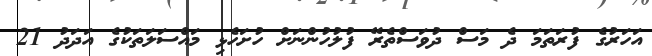
އަހަރުގެ ފުރަތަމަ ދެ މަސް ދުވަސްތެރޭ ފުލުހުންނަށް ހުށަހެޅި މައްސަލަތަކުގެ އަދަދު 21